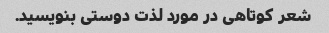
شعر کوتاهی در مورد لذت دوستی بنویسید.